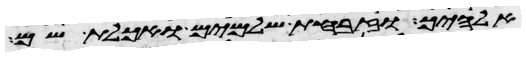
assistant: אלהיך וזבחת שלמים ואכלת שם